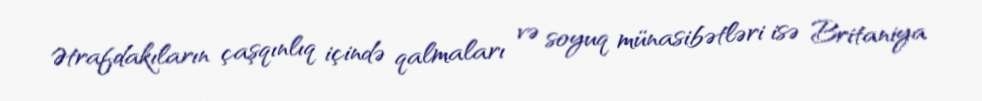
Ətrafdakıların çaşqınlıq içində qalmaları və soyuq münasibətləri isə Britaniya